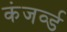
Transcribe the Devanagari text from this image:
कंजर्व्ड